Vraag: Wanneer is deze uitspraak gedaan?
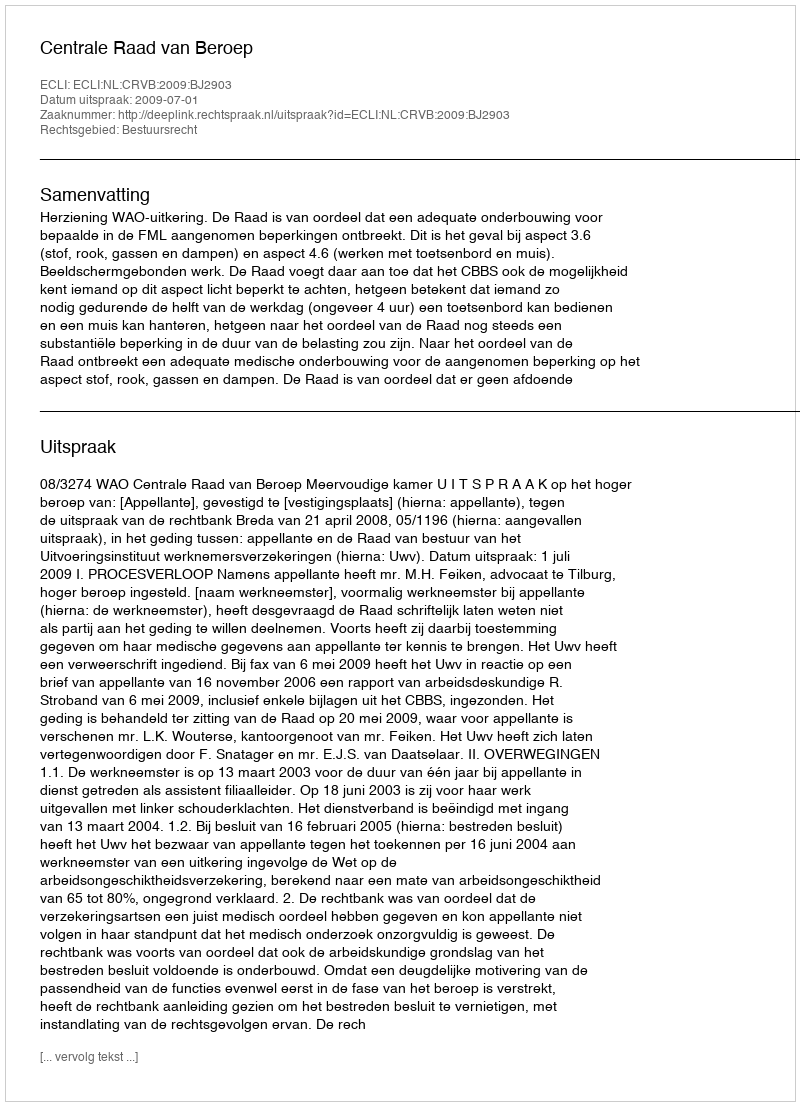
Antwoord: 2009-07-01